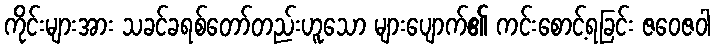
ကိုင်းများအား သခင်ခရစ်တော်တည်းဟူသော များပျောက်၏ ကင်းစောင့်ရခြင်း ဇဝေဇဝါ